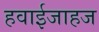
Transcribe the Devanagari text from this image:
हवाईजाहज